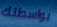
بواسطتك